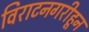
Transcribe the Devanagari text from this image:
विराटनगरीहून